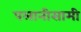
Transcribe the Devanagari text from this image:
पलानीसामी